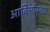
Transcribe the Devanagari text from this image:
आविर्भाववाद